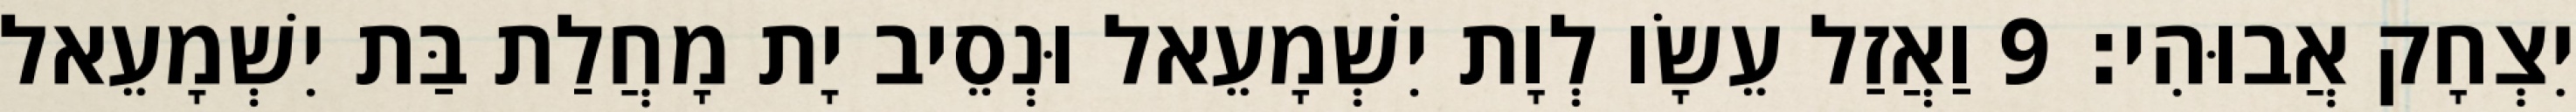
יִצְחָק אֲבוּהִי׃ 9 וַאֲזַל עֵשָׂו לְוָת יִשְׁמָעֵאל וּנְסֵיב יָת מָחֲלַת בַּת יִשְׁמָעֵאל